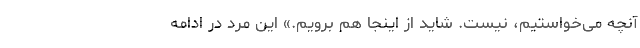
آنچه می‌خواستیم، نیست. شاید از اینجا هم برویم.» این مرد در ادامه